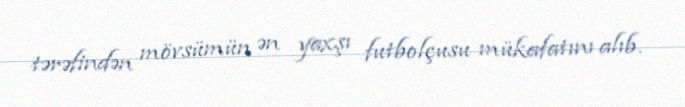
tərəfindən mövsümün ən yaxşı futbolçusu mükafatını alıb.